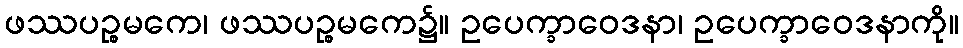
ဖဿပဉ္စမကေ၊ ဖဿပဉ္စမကေ၌။ ဥပေက္ခာဝေဒနာ၊ ဥပေက္ခာဝေဒနာကို။